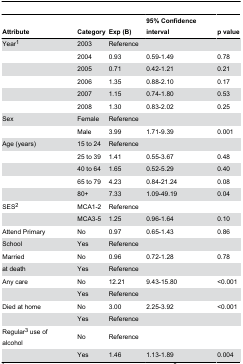
| Attribute | Category | Exp (B) | 95% Confidence interval | p value |
 | --- | --- | --- | --- | --- |
 | Year1 | 2003 | Reference |  |  |
 |  | 2004 | 0.93 | 0.59-1.49 | 0.78 |
 |  | 2005 | 0.71 | 0.42-1.21 | 0.21 |
 |  | 2006 | 1.35 | 0.88-2.10 | 0.17 |
 |  | 2007 | 1.15 | 0.74-1.80 | 0.53 |
 |  | 2008 | 1.30 | 0.83-2.02 | 0.25 |
 | Sex | Female | Reference |  |  |
 |  | Male | 3.99 | 1.71-9.39 | 0.001 |
 | Age (years) | 15 to 24 | Reference |  |  |
 |  | 25 to 39 | 1.41 | 0.55-3.67 | 0.48 |
 |  | 40 to 64 | 1.65 | 0.52-5.29 | 0.40 |
 |  | 65 to 79 | 4.23 | 0.84-21.24 | 0.08 |
 |  | 80+ | 7.33 | 1.09-49.19 | 0.04 |
 | SES2 | MCA1-2 | Reference |  |  |
 |  | MCA3-5 | 1.25 | 0.96-1.64 | 0.10 |
 | Attend Primary | No | 0.97 | 0.65-1.43 | 0.86 |
 | School | Yes | Reference |  |  |
 | Married | No | 0.96 | 0.72-1.28 | 0.78 |
 | at death | Yes | Reference |  |  |
 | Any care | No | 12.21 | 9.43-15.80 | <0.001 |
 |  | Yes | Reference |  |  |
 | Died at home | No | 3.00 | 2.25-3.92 | <0.001 |
 |  | Yes | Reference |  |  |
 | Regular3 use of alcohol | No | Reference |  |  |
 |  | Yes | 1.46 | 1.13-1.89 | 0.004 |